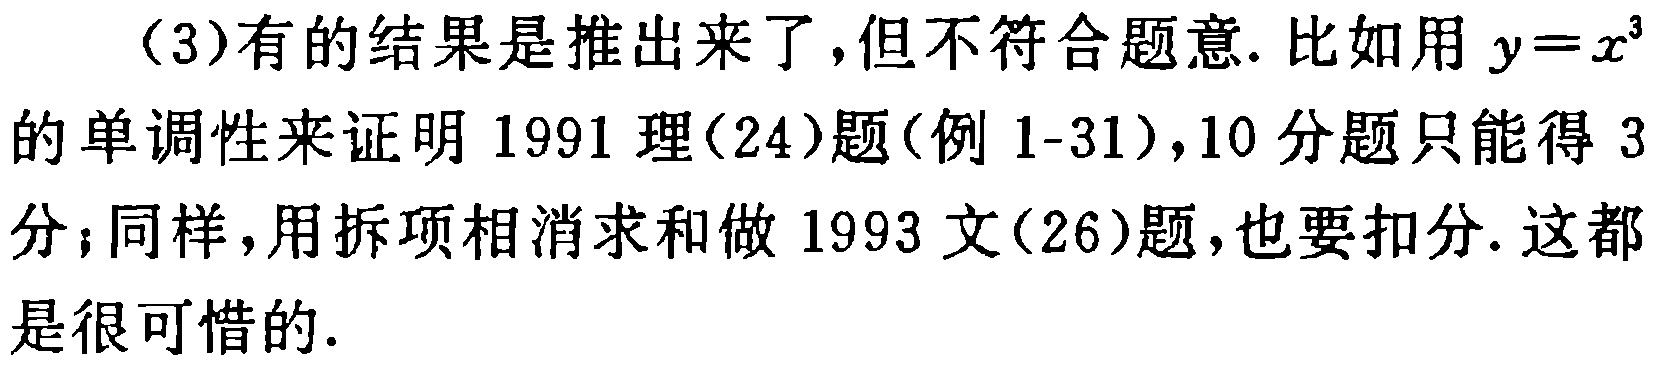
（3）有的结果是推出来了，但不符合题意. 比如用 \(y = x^{3}\) 的单调性来证明 1991 理(24)题(例 1-31)，10 分题只能得 3 分；同样，用拆项相消求和做 1993 文(26)题，也要扣分. 这都是很可惜的.